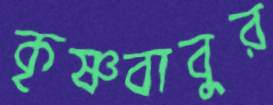
কৃষ্ণবাবুর